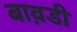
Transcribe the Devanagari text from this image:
बाव़डी